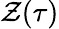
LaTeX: \mathcal{Z}(\tau)